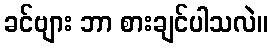
ခင်ဗျား ဘာ စားချင်ပါသလဲ။